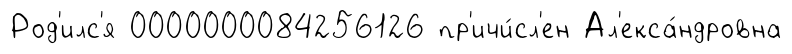
Род'илс'я 0000000084256126 пр'ичи́сл'ен Ал'екса́ндровна